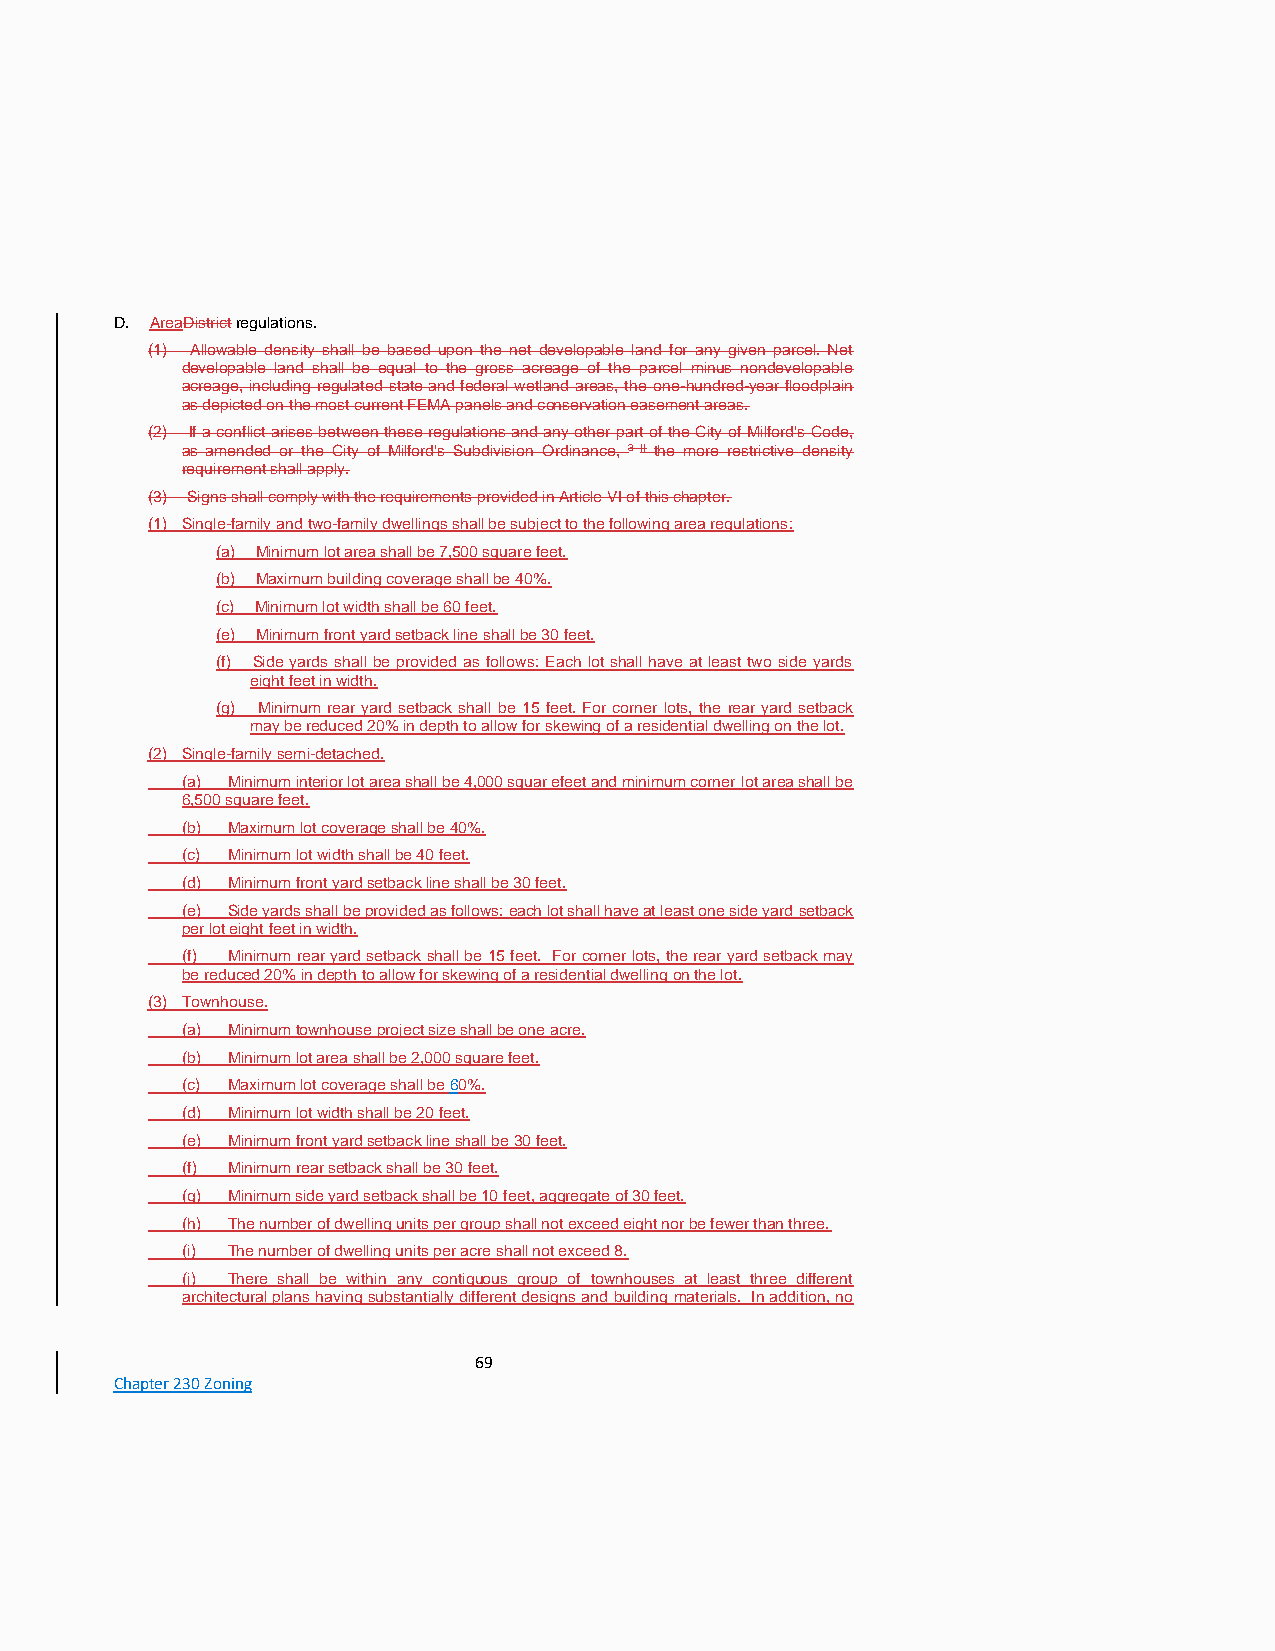
D. AreaDistrict regulations.
 (1) Allowable density shall be based upon the net developable land for any given parcel. Net
 developable land shall be equal to the gross acreage of the parcel minus nondevelopable
 acreage, including regulated state and federal wetland areas, the one-hundred-year floodplain
 as depicted on the most current FEMA panels and conservation easement areas.
 (2) If a conflict arises between these regulations and any other part of the City of Milford's Code,
 as amended or the City of Milford's Subdivision Ordinance, 3 [] the more restrictive density
 requirement shall apply.
 (3) Signs shall comply with the requirements provided in Article VI of this chapter.
 (1) Single-family and two-family dwellings shall be subject to the following area regulations:
 (a) Minimum lot area shall be 7,500 square feet.
 (b) Maximum building coverage shall be 40%.
 (c) Minimum lot width shall be 60 feet.
 (e) Minimum front yard setback line shall be 30 feet.
 (f) Side yards shall be provided as follows: Each lot shall have at least two side yards
 eight feet in width.
 (g) Minimum rear yard setback shall be 15 feet. For corner lots, the rear yard setback
 may be reduced 20% in depth to allow for skewing of a residential dwelling on the lot.
 (2) Single-family semi-detached.
 (a) Minimum interior lot area shall be 4,000 squar efeet and minimum corner lot area shall be
 6,500 square feet.
 (b) Maximum lot coverage shall be 40%.
 (c) Minimum lot width shall be 40 feet.
 (d) Minimum front yard setback line shall be 30 feet.
 (e) Side yards shall be provided as follows: each lot shall have at least one side yard setback
 per lot eight feet in width.
 (f) Minimum rear yard setback shall be 15 feet. For corner lots, the rear yard setback may
 be reduced 20% in depth to allow for skewing of a residential dwelling on the lot.
 (3) Townhouse.
 (a) Minimum townhouse project size shall be one acre.
 (b) Minimum lot area shall be 2,000 square feet.
 (c) Maximum lot coverage shall be 60%.
 (d) Minimum lot width shall be 20 feet.
 (e) Minimum front yard setback line shall be 30 feet.
 (f) Minimum rear setback shall be 30 feet.
 (g) Minimum side yard setback shall be 10 feet, aggregate of 30 feet.
 (h) The number of dwelling units per group shall not exceed eight nor be fewer than three.
 (i) The number of dwelling units per acre shall not exceed 8.
 (j) There shall be within any contiguous group of townhouses at least three different
 architectural plans having substantially different designs and building materials. In addition, no
 69
 Chapter 230 Zoning